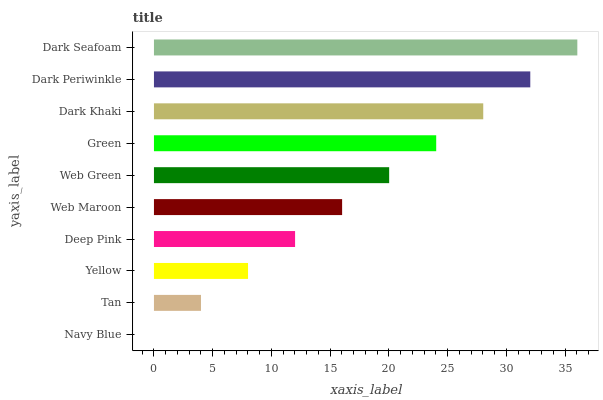
| yaxis_label | bars |
 | --- | --- |
 | Navy Blue | 0 |
 | Tan | 4 |
 | Yellow | 8.01 |
 | Deep Pink | 12 |
 | Web Maroon | 16 |
 | Web Green | 20 |
 | Green | 24 |
 | Dark Khaki | 28 |
 | Dark Periwinkle | 32 |
 | Dark Seafoam | 36 |